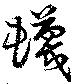
蠛